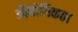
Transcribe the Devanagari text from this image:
औद्योगिकता